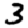
Digit: 3